Insane asylums in Bengal annual reports 1867-1875 - 1867-1875
Year: 1867
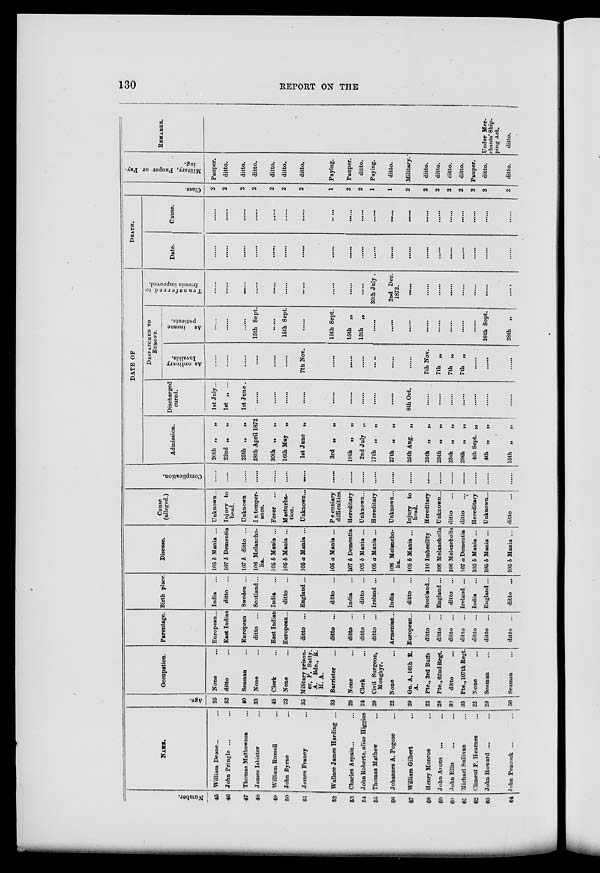
130
REPORT ON THE
Number.
45
46
47
48
49
50
51
52
53
54
55
56
57
58
59
60
61
62
63
64
NAME.
William Deane... ...
John Pringle ... ...
Thomas Mathewson ...
James Isbister ...
William Russell ...
John Byrne ...
James Franey ...
Wallace James Harding ...
Charles Aspain... ...
John Roberts, alias Higgins
Thomas Mathew ...
Johannes A. Pogose ...
William Gilbert ...
Henry Monroe ...
John Avons ... ...
John Ellis ... ...
Michael Sullivan ...
Climent P. Hearnes ...
John Howard ... ...
John Peacook ... ...
Age.
25
52
40
33
45
23
35
33
29
24
29
22
29
22
28
30
35
22
29
50
Occupation.
None ...
ditto ...
Seaman ...
None ...
Clerk ...
None ...
Military prison-
er, F. Batty.
A. Bde., R.
H. A.
Barrister ...
None ...
Clerk
...
Civil Surgeon,
Monghyr.
None ...
Gn. A. 16th R.
A.
Pte., 3rd Buffs
Pte., 62nd Regt.
ditto ...
Pte., 107th Regt.
None ...
Seaman ...
Seaman ...
Parentage.
European...
East Indian ...
European ...
ditto ...
East Indian
European...
ditto ...
ditto ...
ditto ...
ditto ...
ditto
...
Armenian ...
European ...
ditto ...
ditto ...
ditto ...
ditto ...
ditto ...
ditto ...
ditto ...
Birth place.
India ...
ditto ...
Sweden ...
Scotland...
India ...
ditto ...
England...
ditto ...
India ...
ditto ....
Ireland ...
India ...
ditto ...
Scotland...
England...
ditto ...
Ireland ...
India ...
England...
ditto ...
Disease.
105 b Mania ...
107 b Dementia
107 b ditto ...
106 Melancho-
lia.
105 b Mania ...
105 b Mania ...
105 a Mania ...
105 a Mania ...
107 b Dementia
105 b Mania ...
105 a Mania ...
106 Melancho-
lia.
105 b Mania ...
110 Imbecility
106 Melancholia
106 Melancholia
107 a Dementia
105 b Mania ...
105 b Mania ...
105 b Mania ...
Cause
(alleged.)
Unknown...
Injury to
head.
Unknown
Intemper-
ance.
Fever ...
Masturba-
tion.
Unknown...
Pecuniary
difficulties.
Hereditary
Unknown...
Hereditary
Unknown...
Injury to
head.
Hereditary
Unknown...
ditto ...
ditto ...
Hereditary
Unknown ...
ditto ...
Complication.
.......
.......
.......
.......
.......
.......
.......
.......
.......
.......
.......
.......
.......
.......
.......
.......
.......
.......
.......
.......
DATE OF
Admission.
20th „
„
22nd „
„
25th „
„
28th April 1872
30th „
„
16th May „
1st June „
3rd „
„
19th „
„
2nd July „
17th „
„
27th „
„
25th Aug. „
25th „
„
25th „
„
25th „
„
29th „
„
4th Sept. „
4th „
„
15th „
„
Discharged
cured.
1st July...
1st „ ...
1st June.
.......
.......
.......
.......
.......
.......
.......
.......
.......
8th Oct.
.......
.......
.......
.......
.......
.......
.......
DESPATCHED TO
EUROPE.
As ordinary
Invalids.
.......
.......
.......
.......
.......
.......
7th Nov.
.......
.......
.......
.......
.......
.......
7th Nov.
7th „
7th „
7th „
.......
.......
.......
As insane
patients.
.......
.......
15th Sept.
.......
15th Sept.
.......
15th Sept.
15th
„
15th
„
.......
.......
.......
.......
.......
.......
28th Sept.
28th „
Transferred to
friends improved.
.......
.......
.......
.......
.......
.......
.......
.......
.......
.......
30th July .
2nd Dec.
1872.
.......
.......
.......
.......
.......
.......
.......
.......
DEATH.
Date.
.......
.......
.......
.......
.......
.......
.......
.......
.......
.......
.........
.......
.......
.......
.......
.......
.......
.......
.......
.......
Cause.
.......
.......
.......
.......
.......
.......
.......
.......
.......
.......
.......
.......
.......
.......
.......
.......
.......
.......
.......
.......
Class.
2
2
2
2
2
2
2
1
2
2
1
1
2
2
2
2
2
2
2
2
Military, Pauper or Pay-
ing.
Pauper.
ditto.
ditto.
ditto.
ditto.
ditto.
ditto.
Paying.
Pauper.
ditto.
Paying.
ditto.
Military.
ditto.
ditto.
ditto.
ditto.
Pauper.
ditto.
ditto.
REMARKS.
Under Mer-
chants' Ship-
ping Act.
ditto.